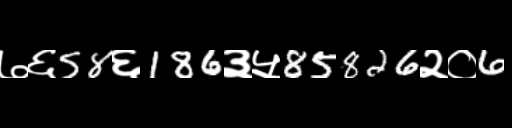
Text: ७६58६186३५85826२०6